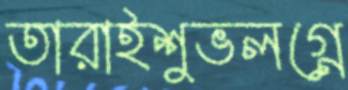
তারাইশুভলগ্নে